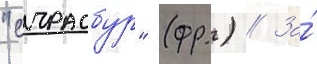
"страсбур" (фр.) // За́